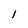
Character: I